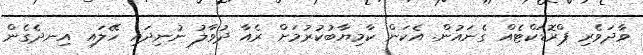
ވާދަވެރި ޕްރޮޑަކްޓެއް ގެނައުން. އެކަން ކާމިޔާބުކުރުމަށް ރެއާ ދުވާލު ނުނިދައި ހޭލައި އިނދެގެން